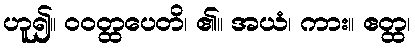
ဟူ၍။ ဝဝတ္ထပေတိ၊ ၏။ အယံ၊ ကား။ ဧတ္ထ၊